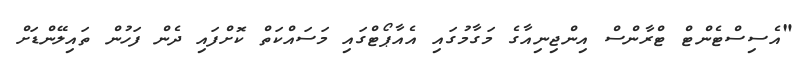
"އެސިސްޓެންޓް ޓްރާންސް އިންޖިނިއާގެ މަގާމުގައި އެއާޕޯޓްގައި މަސައްކަތް ކޮށްފައި ދެން ފަހުން ތައިލޭންޑަށް